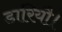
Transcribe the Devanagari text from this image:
डारियौ।